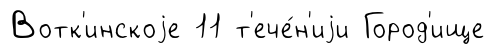
Вотк'инскоjе 11 т'ече́н'иjи Город'ище